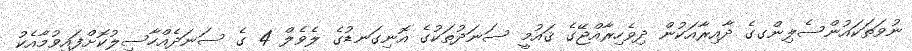
ނުވަތަކައުންސެލިންގގެ ދާއިރާއަކުން ދިވެހިރާއްޖޭގެ ޤައުމީ ސަނަދުތަކުގެ އޮނިގަނޑުގެ ލެވެލް 4 ގެ ސަނަދެއްހާސިލުކޮށްފައިވުމާއެކު